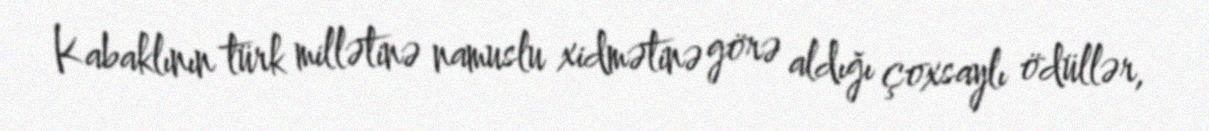
Kabaklının türk millətinə namuslu xidmətinə görə aldığı çoxsaylı ödüllər,